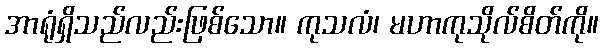
အာရုံရှိသည်လည်းဖြစ်သော။ ကုသလံ၊ မဟာကုသိုလ်စိတ်ကို။